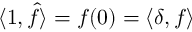
\langle 1 , { \widehat { f } } \rangle = f ( 0 ) = \langle \delta , f \rangle